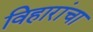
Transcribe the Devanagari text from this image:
विहारांचा